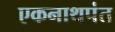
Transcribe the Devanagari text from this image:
एकनाथपंत